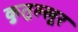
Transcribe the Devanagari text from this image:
कुतुल्लूर